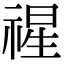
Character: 𮂇